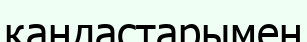
қандастарымен